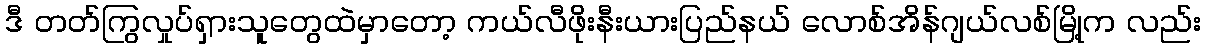
ဒီ တတ်ကြွလှုပ်ရှားသူတွေထဲမှာတော့ ကယ်လီဖိုးနီးယားပြည်နယ် လောစ်အိန်ဂျယ်လစ်မြို့က လည်း